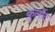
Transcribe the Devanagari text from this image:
कुर्लोट